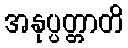
အနုပ္ပတ္တာတိ